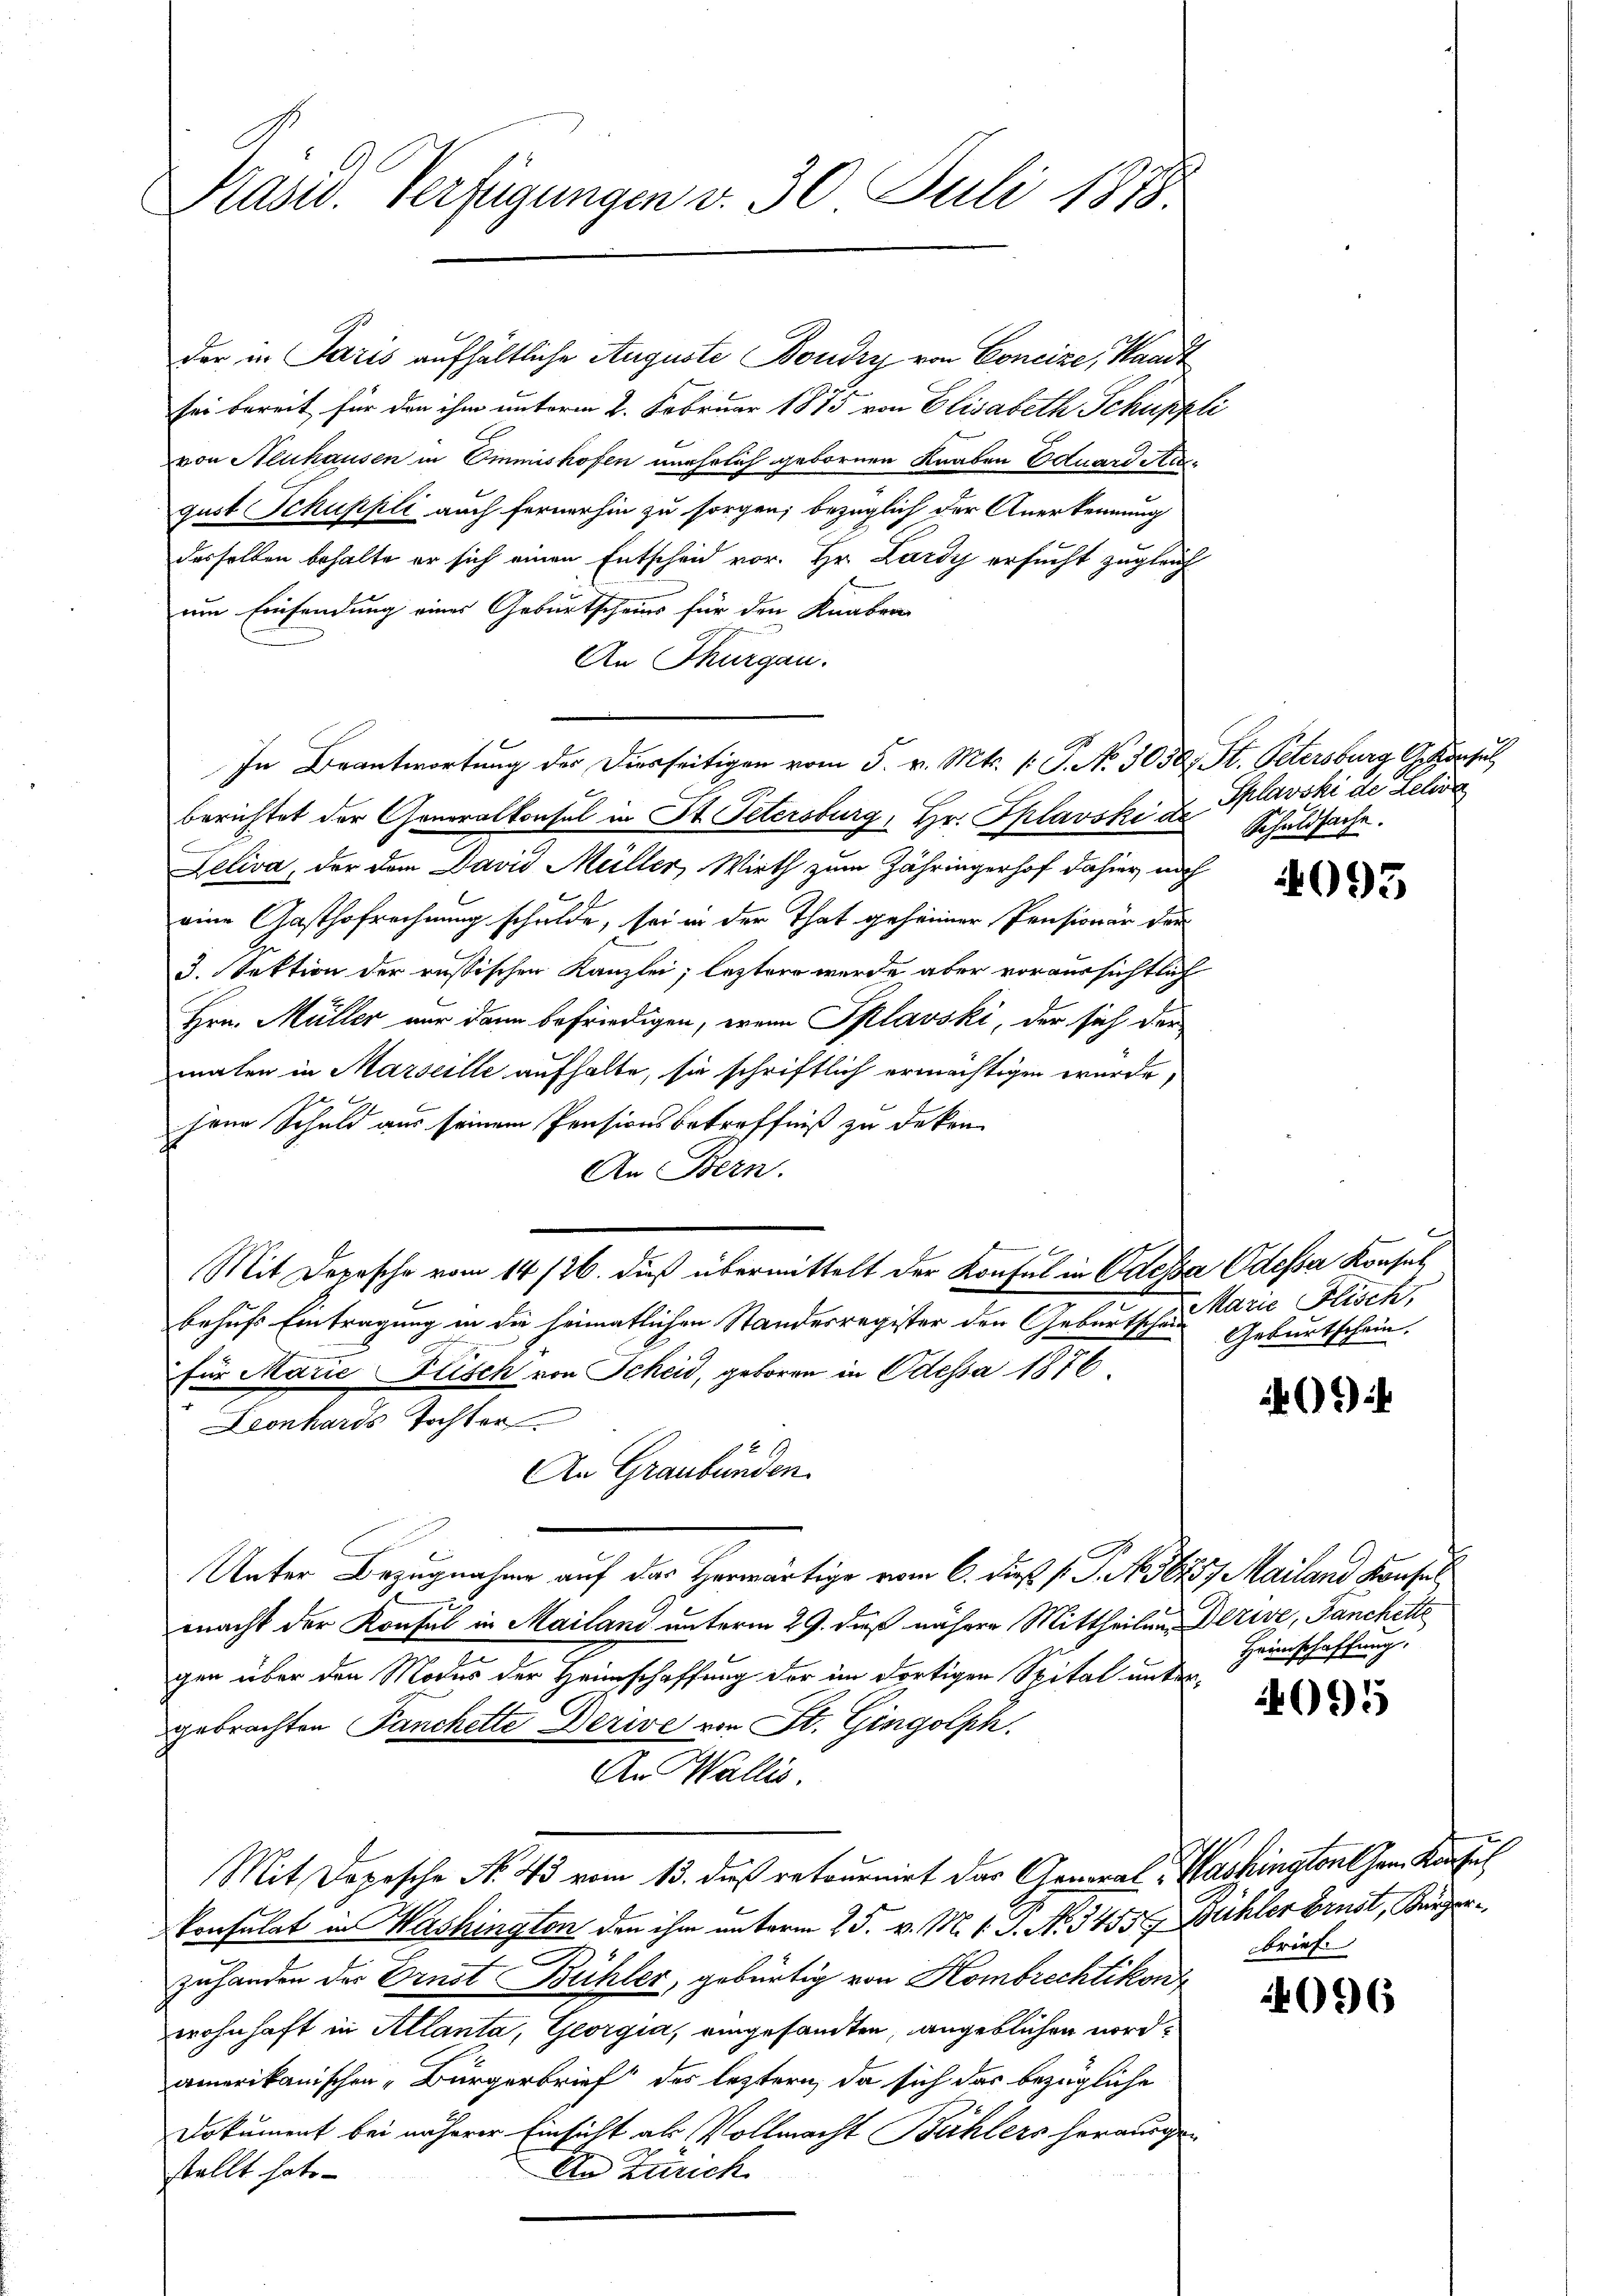
Präsid. Verfügungen v. 30 Juli 1878.

der in Paris aufhältliche Auguste Boudry von Concize, Handt
sei bereit für den ihm unterm 2. Februar 1875 von Elisabeth Schuppli
von Neuhausen in Emmishofen unehelich gebornen Knaben Eduard Stigust Schuppli auch fernerhin zu sorgen; bezüglich der Anerkennung
desselben behalte er sich einen Entscheid vor. Hr. Lardy ersucht zugleich
um Einsendung eines Geburtscheins für den Knaben
An Thurgau.
In Beantwortung des Diesseitigen vom 5. v. Mts. (: P. No. 3030, St. Petersburg G. Konsul
berichtet der Generalkonsul in St. Petersburg, Hr. Splavski de Schuldsache.
C
eliva, der den David Müller, Wirth zum Zähringerhof dahier noch
eine Gasthofrechnung schulde, sei in der That geheimer Pensionär dar
3. Sektion der russischen Kanzlei, leztere wurde aber voraussichtlich
Hrn. Müller nur dann befriedigen, wenn Sklavski, der sich der
maten in Marseille aufhalte, sie schriftlich ermächtigen wurde,
jene Schuld aus seinem Pensionsbetreffniß zu deken
An Bern.
Mit Depesche vom 14/26. dieß übermittelt der Konfel in Caessa Odesser Konsul
behufs Eintragung in die heimatlichen Standesregister den Geburtschen Marie Fisch,
für Marie Plisch von Scheid, geboren in Odessa 1876.
Leonhards Tochter
An Graubünden.
Unter Bezugnahme auf das Herwärtige vom 6. dieß P. P. No 56257 Mailand Konsul
macht der Konsul in Mailand unterm 29. daß nähere Mittheilen Drive, Fanchette
gen über den Modes der Heimschaffung der im dortigen Spital untergebrachten Panchette Derive von St. Gingolph
An Wallis.
Mit Dopische No. 43 vom 13. dieß retournirt das General - Washinatort Jan. Konfus
Consulat in Washington den ihm unterm 25. v. M. v. J. No 3455 Bühler Ernst, Bürgerzuhanden der Ernst Bühler, gebürtig von Kombrechtikon
wohnhaft in Allanta, Georgia, eingesandten, angeblichen nordamerikanischen Bürgerbrief der leztern, da sich das bezügliche
Dokument bei näherer Einsicht als Vollmacht Bühlers herausge-
stellt hat
In Zürich

Splavski de Lehre

4093

Geburtschein.

41)

Heimschaffung.

095

brief

4096